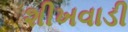
શીખવાડી